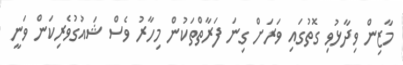
މާޒިން ވިދާޅުވި ގޮތުގައި ވަރަށް ގިނަ ފަރާތްތަކުން މިހާރު ވެސް ޝައުގުވެރިކަން ވަނީ